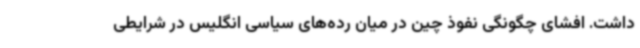
داشت. افشای چگونگی نفوذ چین در میان رده‌های سیاسی انگلیس در شرایطی